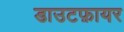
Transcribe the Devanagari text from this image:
डाउटफ़ायर